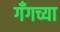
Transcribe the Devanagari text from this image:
गँगच्या